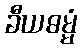
ခီယဓမ္မံ